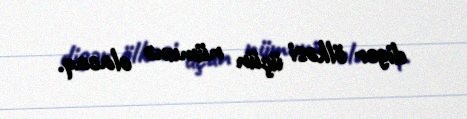
digər ölkəsi üçün nümunə olacaq.